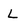
Character: L